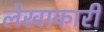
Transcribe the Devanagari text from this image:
लेखाकारी